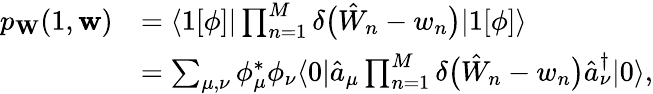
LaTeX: \begin{array}{rl}{p_{\mathbf{W}}(1,\mathbf{w})}&{=\langle 1[\phi]|\prod_{n=1}^{M}\delta\bigl(\hat{W}_{n}-w_{n}\bigr)|1[\phi]\rangle}\\ &{=\sum_{\mu,\nu}\phi_{\mu}^{*}\phi_{\nu}\langle 0|\hat{a}_{\mu}\prod_{n=1}^{M}\delta\bigl(\hat{W}_{n}-w_{n}\bigr)\hat{a}_{\nu}^{\dagger}|0\rangle,}\end{array}